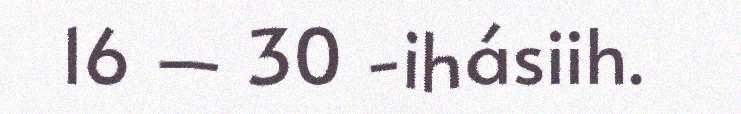
16 ‒ 30 -ihásiih.